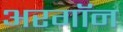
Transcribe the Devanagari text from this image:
अरगॉन